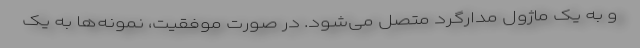
و به یک ماژول مدارگرد متصل می‌شود. در صورت موفقیت، نمونه‌ها به یک